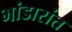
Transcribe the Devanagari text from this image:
भांडारांत